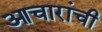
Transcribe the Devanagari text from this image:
आचारांची